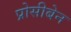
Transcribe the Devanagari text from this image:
प्रोसीबेन